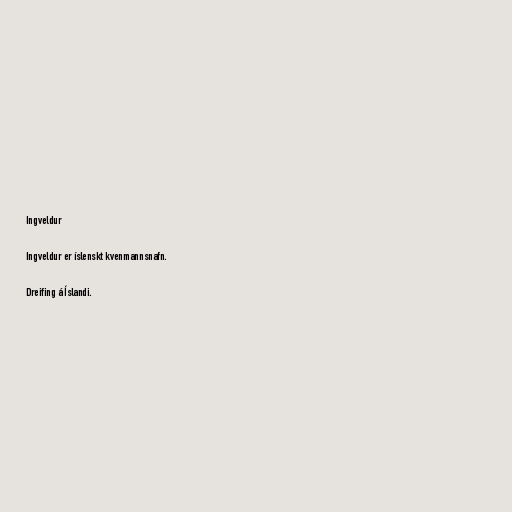
Ingveldur

Ingveldur er íslenskt kvenmannsnafn.

Dreifing á Íslandi.